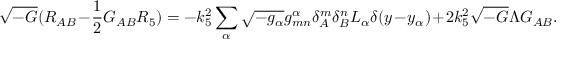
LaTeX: \sqrt { - G } ( R _ { A B } - \frac { 1 } { 2 } G _ { A B } R _ { 5 } ) = - k _ { 5 } ^ { 2 } \sum _ { \alpha } \sqrt { - g _ { \alpha } } g _ { m n } ^ { \alpha } \delta _ { A } ^ { m } \delta _ { B } ^ { n } { \cal L } _ { \alpha } \delta ( y - y _ { \alpha } ) + 2 k _ { 5 } ^ { 2 } \sqrt { - G } \Lambda G _ { A B } .